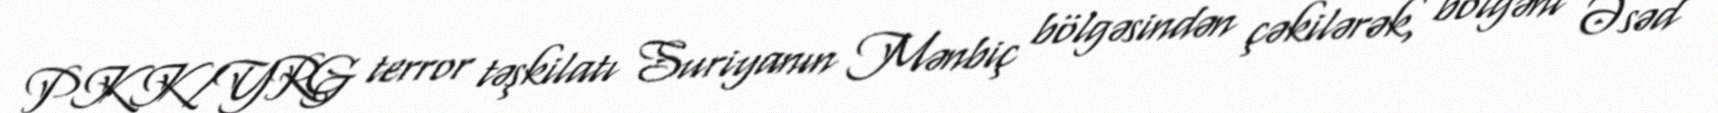
PKK/YRG terror təşkilatı Suriyanın Mənbiç bölgəsindən çəkilərək, bölgəni Əsəd